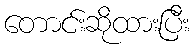
တောင်းဆိုထားပြီး